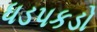
ધડપકડો